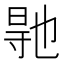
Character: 𭔳